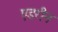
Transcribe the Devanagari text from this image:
एडरीन